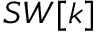
S W [ k ]